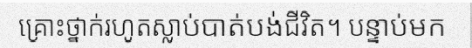
គ្រោះថ្នាក់រហូតស្លាប់បាត់បង់ជីវិត។ បន្ទាប់មក